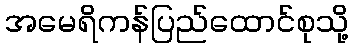
အမေရိကန်ပြည်ထောင်စုသို့